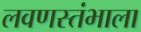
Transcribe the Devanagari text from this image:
लवणस्तंभाला